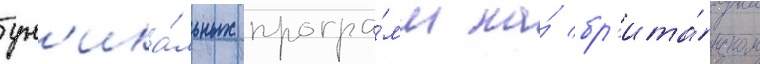
ун'ика́льных програ́мм на́ бр'ита́нском